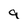
Character: 9